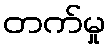
တက်မှု